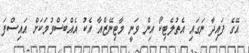
އޭގެ ފައިދާ ނަގައި އެތުލެޓިކޯ އިން ވަނީ މާޓިނޭޒްއާ އެކު އެއްބަސްވުމަކަށް އައިސްފަ